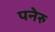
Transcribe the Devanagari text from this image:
पनेरु